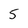
Character: 5